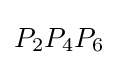
P_{2}P_{4}P_{6}